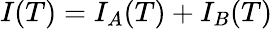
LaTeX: I(T)=I_{A}(T)+I_{B}(T)